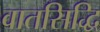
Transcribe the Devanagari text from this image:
वातसिद्धि